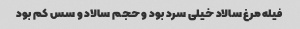
فیله مرغ سالاد خیلی سرد بود و حجم سالاد و سس کم بود